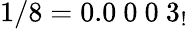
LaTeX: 1/8=0.0\ 0\ 0\ 3_{!}